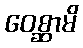
ဝေစ္ဆာမိ